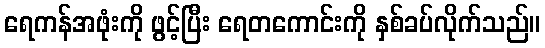
ရေကန်အဖုံးကို ဖွင့်ပြီး ရေတကောင်းကို နှစ်ခပ်လိုက်သည်။